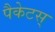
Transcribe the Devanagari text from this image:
पैकेटस्